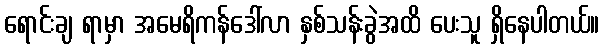
ရောင်းချ ရာမှာ အမေရိကန်ဒေါ်လာ နှစ်သန်းခွဲအထိ ပေးသူ ရှိနေပါတယ်။